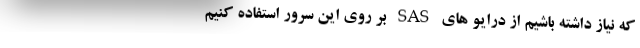
که نیاز داشته باشیم از درایو های SAS بر روی این سرور استفاده کنیم